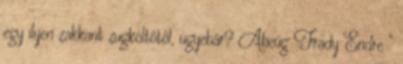
egy ilyen zakkant zugköltőtől, ugyebár? Abcúg Frady Endre ”